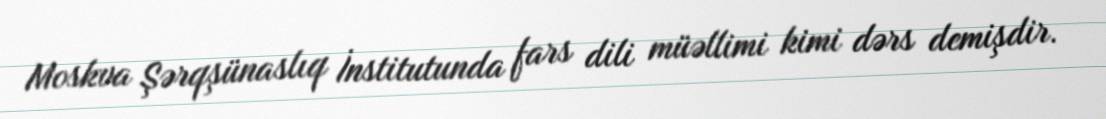
Moskva Şərqşünaslıq İnstitutunda fars dili müəllimi kimi dərs demişdir.